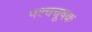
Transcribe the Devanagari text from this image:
पश्चचूषक